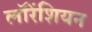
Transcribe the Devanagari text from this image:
लॉरेंशियन